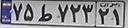
۷۵ط۷۲۳۲۱